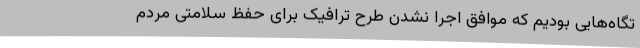
تگاه‌هایی بودیم که موافق اجرا نشدن طرح ترافیک برای حفظ سلامتی مردم